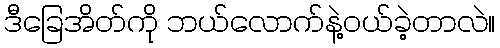
ဒီခြေအိတ်ကို ဘယ်လောက်နဲ့ဝယ်ခဲ့တာလဲ။